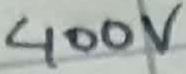
Text: 400V